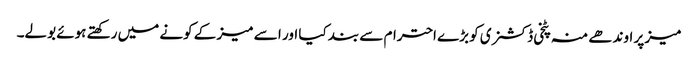
میز پر اوندھے منہ پٹخی ڈکشنری کو بڑے احترام سے بند کیا اور ا سے میز کے کونے میں رکھتے ہوئے بولے۔